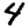
Digit: 4